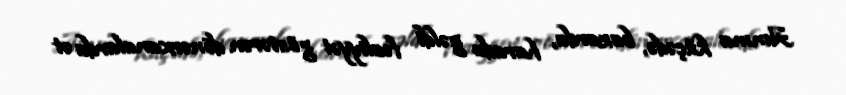
Amma küçədə, bazarda, harada gəldi fəaliyyət göstərən dönərxanalarda ət